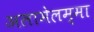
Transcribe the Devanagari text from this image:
अलामेलम्मा